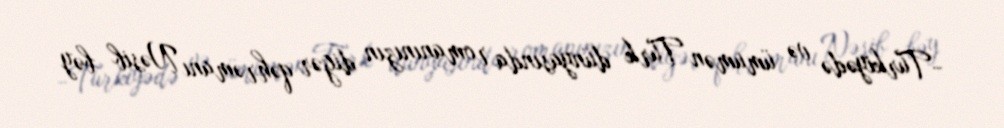
-Türkiyədə və ümumən Türk dünyasında romanınızın digər qəhrəmanı Nəsib bəy